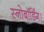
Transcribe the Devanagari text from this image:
स्नोबॉर्डिंग।